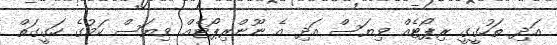
އަދި ތަހުގީގީ ރިޕޯޓެއް ވިޔަސް އަދި އެ ނޫންރިޕޯޓެއް ވިޔަސް ކަމުގެ ހަގީގަތް